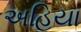
અહિયા